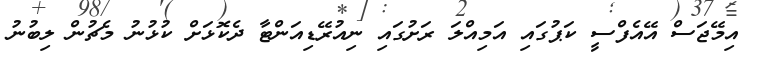
އިމޭޖަސް އޭއެފްސީ ކަޕުގައި އަމިއްލަ ރަށުގައި ނިއުރޭޑިއަންޓާ ދެކޮޅަށް ކުޅުނު މެޗުން ލިބުނު